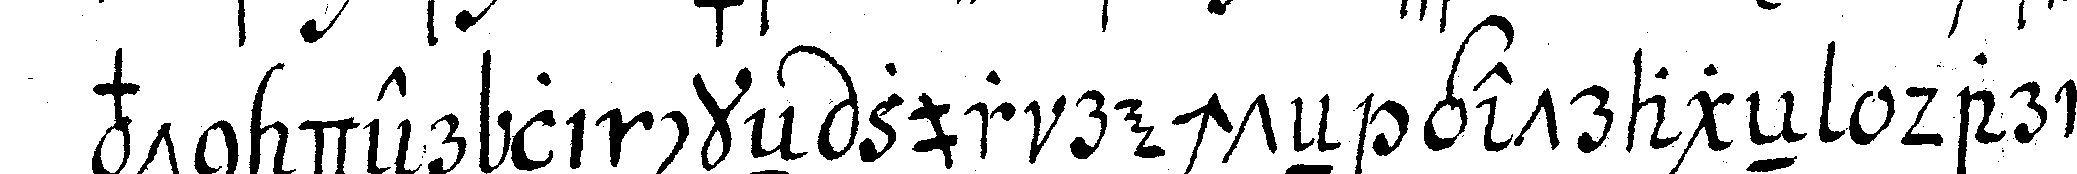
von der linckeN zur rechteN getrageN daran